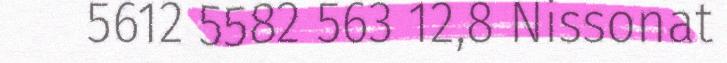
5612 5582 563 12,8 Nissonat